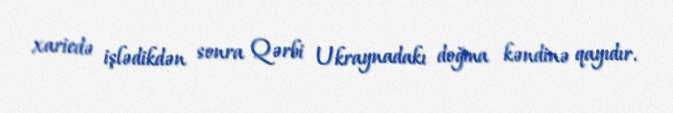
xaricdə işlədikdən sonra Qərbi Ukraynadakı doğma kəndinə qayıdır.